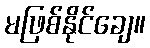
မဖြစ်နိုင်ချေ။